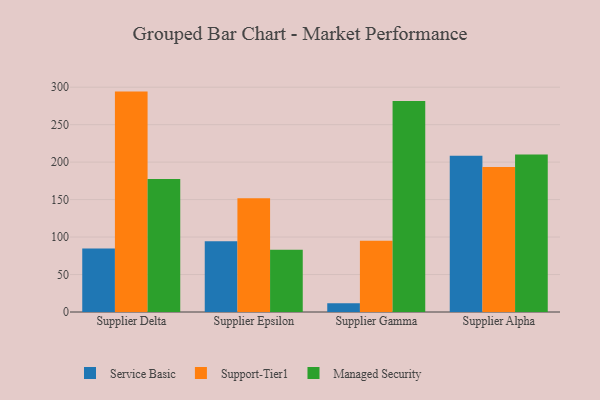
{"axis": {"x": "Supplier", "y": "Active Users"}, "legend": ["Managed Security", "Service Basic", "Support-Tier1"], "data": [{"x": "Supplier Delta", "y": 84.7, "type": "Service Basic"}, {"x": "Supplier Delta", "y": 294.1, "type": "Support-Tier1"}, {"x": "Supplier Delta", "y": 177.5, "type": "Managed Security"}, {"x": "Supplier Epsilon", "y": 94.4, "type": "Service Basic"}, {"x": "Supplier Epsilon", "y": 151.8, "type": "Support-Tier1"}, {"x": "Supplier Epsilon", "y": 82.9, "type": "Managed Security"}, {"x": "Supplier Gamma", "y": 11.6, "type": "Service Basic"}, {"x": "Supplier Gamma", "y": 95.0, "type": "Support-Tier1"}, {"x": "Supplier Gamma", "y": 281.5, "type": "Managed Security"}, {"x": "Supplier Alpha", "y": 208.5, "type": "Service Basic"}, {"x": "Supplier Alpha", "y": 193.5, "type": "Support-Tier1"}, {"x": "Supplier Alpha", "y": 210.3, "type": "Managed Security"}]}